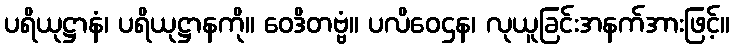
ပရိယုဋ္ဌာနံ၊ ပရိယုဋ္ဌာနကို။ ဝေဒိတဗ္ဗံ။ ပလိဝေဌန၊ လုယူခြင်းအနက်အားဖြင့်။